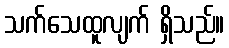
သက်သေထူလျက် ရှိသည်။